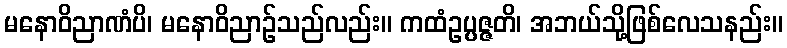
မနောဝိညာဏံပိ၊ မနောဝိညာဉ်သည်လည်း။ ကထံဥပ္ပဇ္ဇတိ၊ အဘယ်သို့ဖြစ်လေသနည်း။